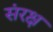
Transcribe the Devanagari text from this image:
संरक्ष